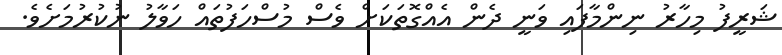
ޝަރީފު މިހާރު ނިންމާފައި ވަނީ ދެން އެއްގޮތަކަށް ވެސް މުސްހަފުތައް ހަވާލު ނުކުރުމަށެވެ.